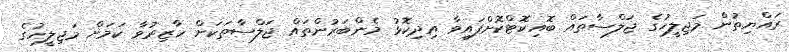
ރައްޔިތުން މަޖިލީހުގެ ޖަލްސާތައް ބޮއިކޮޓްކޮށްފައިވާ އިދިކޮޅު މެންބަރުންތައް ޖަލްސާތަކަށް ހާޒިރުވާ ކަމަށް މަޖިލީހުގެ